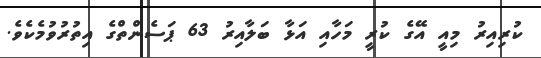
ކުރިއިރު މިއީ އޭގެ ކުރީ މަހާއި އަޅާ ބަލާއިރު 63 ޕަސެންތްގެ އިތުރުވުމެކެވެ.